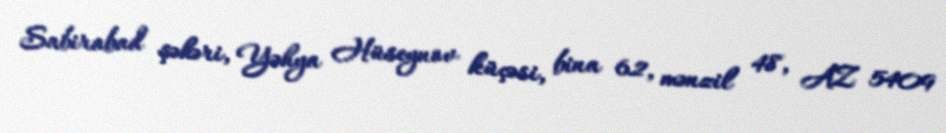
Sabirabad şəhəri, Yəhya Hüseynov küçəsi, bina 62, mənzil 48, AZ 5409